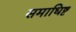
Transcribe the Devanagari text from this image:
समाधिष्ट